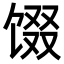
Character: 𬳂